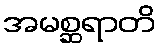
အမစ္ဆရာတိ